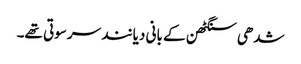
شدھی سنگٹھن کے بانی دیانند سرسوتی تھے۔